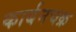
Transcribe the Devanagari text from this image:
कार्बनचक्र